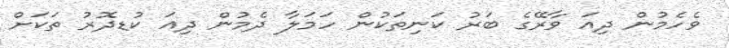
ވެހެމުން ދިއަ ވާރޭގެ ބަރު ކަނިތަކުން ހަމަލާ ދެމުން ދިއަ ކުޑދޮރު ތަކަށް